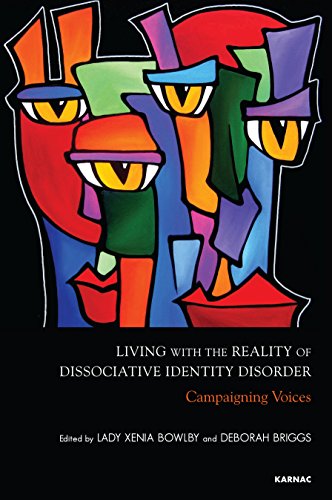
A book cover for Living with the Reality of Dissociative Identity Disorder: Campaigning Voices; Health, Fitness & Dieting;